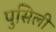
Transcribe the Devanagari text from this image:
पुसिली